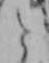
と